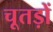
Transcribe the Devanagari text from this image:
चूतड़ों